Indian journal of veterinary science and animal husbandry - Volume 4,
Year: 1934
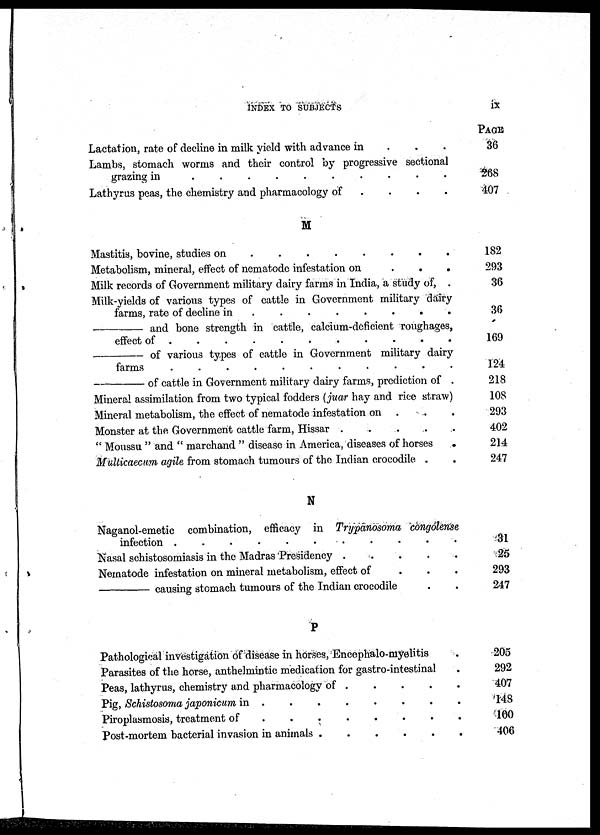
INDEX TO SUBJECTS
IX
Lactation, rate of decline in milk yield with advance in . . .
Lambs, stomach worms and their control by progressive sectional
grazing in
.
.
.
.
.
.
.
.
.
Lathyrus peas, the chemistry and pharmacology of
.
.
.
.
M
Mastitis, bovine, studies on . . . . . . . .
Metabolism, mineral, effect of nematode infestation on
.
.
.
Milk records of Government military dairy farms in India, a study of, .
Milk-yields of various types of cattle in Government military dairy
farms, rate of decline in
.
.
.
.
.
.
.
.
—
and bone strength in cattle, calcium-deficient roughages,
—
of various types of cattle in Government military dairy
farms . . . . . . . . . . .
—
of cattle in Government military dairy farms, prediction of .
Mineral assimilation from two typical fodders (juar hay and rice straw)
Mineral metabolism, the effect of nematode infestation on . . .
Monster at the Government cattle farm, Hissar .
.
.
.
.
" Moussu " and " marchand " disease in America, diseases of horses
.
Multicaecum agile from stomach tumours of the Indian crocodile . .
N
Naganol-emetic combination, efficacy in Trypanosoma congotense
infection .
.
.
.
.
.
.
.
.
.
.
Nsasal schistosomiasis in the Madras Presidency . . . . .
Nematode infestation on mineral metabolism, effect of . . .
—
causing stomach tumours of the Indian crocodile . .
P
Pathological investigation of disease in horses, Encephalo-myelitis .
Parasites of the horse, anthelmintic medication for gastro-intestinal .
Peas, lathyrus, chemistry and pharmacology of
.
.
.
.
.
Pig, Schistosoma japonicum in
.
.
.
.
.
.
.
.
Piroplasmosis, treatment of
.
.
.
.
.
.
.
.
.
Post-mortem bacterial invasion in animals
.
.
.
.
.
.
PAGE
36
268
407
182
293
36
36
169
124
218
108
293
402
214
247
31
25
293
247
205
292
407
148
100
406